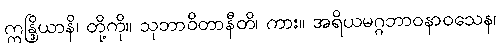
ဣန္ဒြိယာနိ၊ တို့ကို။ သုဘာဝိတာနီတိ၊ ကား။ အရိယမဂ္ဂဘာဝနာဝသေန၊